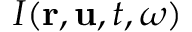
I ( \boldsymbol { \mathbf { r } } , \boldsymbol { \mathbf { u } } , t , \omega )